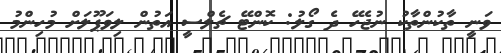
ވަނީ ތާކުންތާކު ނުޖެހޭ ދެ ގޯލު: ކޮންޓޭ ޗެލްސީ އަތުން ލިވަޕޫލަށް މުހިންމު